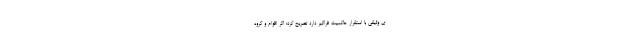
ی وثیقی با استقرار حاکمیت فراگیر دارد تصریح کرد؛ اگر اقوام و گروه